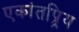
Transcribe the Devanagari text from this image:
एकांतप्र्रिय